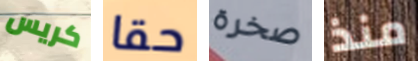
كريس حقا صخرة منذ